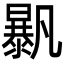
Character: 𣋰